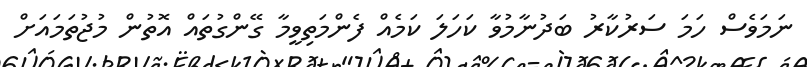
ނަމަވެސް ހަމަ ސަރުކާރު ބަދުނާމުވާ ކަހަލަ ކަމެއް ފެންމަތިވީމާ ގޭންގުތައް އޮތުން މުޖުތަމައަށް